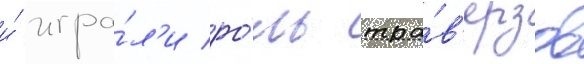
и́ игра́л'и ро́ль тра́в'ерзов